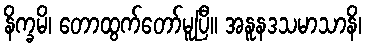
နိက္ခမိ၊ တောထွက်တော်မူပြီ။ အနူနဒသမာသာနိ၊